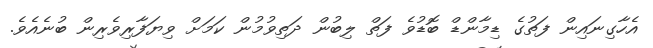
އެހާގިނައިން ފަތުގެ ޑިމާންޑް ބޮޑުވެ ފަތް ލިބުން ދަތިވުމުން ކަމަށް ވިޔަފާރިވެރިން ބުނެއެވެ.